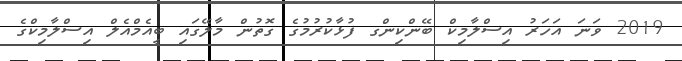
2019 ވަނަ އަހަރު އިސްލާމިކް ބޭންކިންގ ފުޅާކުރުމުގެ ގޮތުން މާލޭގައި ބީއެމްއެލް އިސްލާމިކްގެ